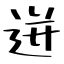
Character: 迸